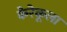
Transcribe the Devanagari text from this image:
केरेकूला